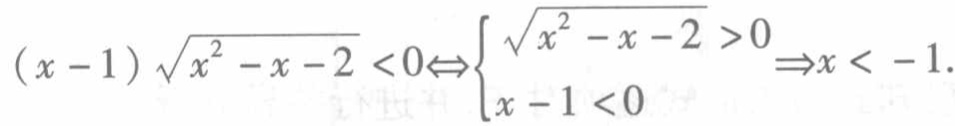
\((x - 1)\sqrt{x^{2} - x - 2} < 0\Leftrightarrow\begin{cases}\sqrt{x^{2} - x - 2}>0\\x - 1 < 0\end{cases}\Rightarrow x < - 1.\)